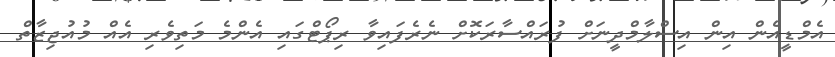
އެމްޑީއެން އިން އިސްލާމްދީނަށް ފުރައްސާރަކޮށް ނެރެފައިވާ ރިޕޯޓްގައި އެންމެ މަތިވެރި އެއް މުއުޖިޒާތް